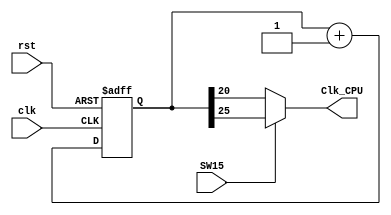
//`timescale 1ns / 1ps
module clk_div( input clk,input rst,input SW15,output Clk_CPU);
  reg  [31:0]  clkdiv;

  always @ (posedge clk or posedge rst) 
    begin 
      if (rst) 
        clkdiv <= 0; 
      else 
        clkdiv <= clkdiv + 1'b1; 
    end

  assign Clk_CPU=(SW15)? clkdiv[25] : clkdiv[20]; 

endmodule